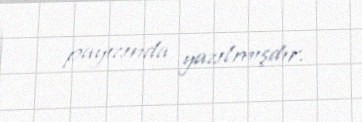
payızında yazılmışdır.